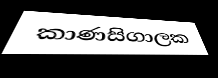
කාණසිගාලක